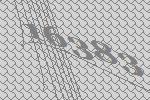
16383